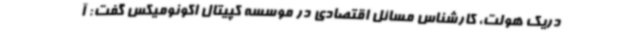
دریک هولت، کارشناس مسائل اقتصادی در موسسه کپیتال اکونومیکس گفت: آ